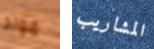
مواد المشاريب